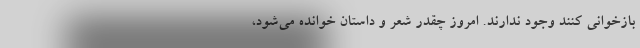
بازخوانی کنند وجود ندارند. امروز چقدر شعر و داستان خوانده می‌شود،